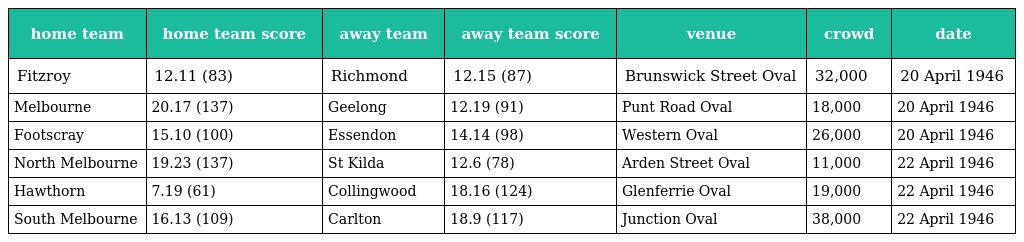
| home team | home team score | away team | away team score | venue | crowd | date |
 | --- | --- | --- | --- | --- | --- | --- |
 | Fitzroy | 12.11 (83) | Richmond | 12.15 (87) | Brunswick Street Oval | 32,000 | 20 April 1946 |
 | Melbourne | 20.17 (137) | Geelong | 12.19 (91) | Punt Road Oval | 18,000 | 20 April 1946 |
 | Footscray | 15.10 (100) | Essendon | 14.14 (98) | Western Oval | 26,000 | 20 April 1946 |
 | North Melbourne | 19.23 (137) | St Kilda | 12.6 (78) | Arden Street Oval | 11,000 | 22 April 1946 |
 | Hawthorn | 7.19 (61) | Collingwood | 18.16 (124) | Glenferrie Oval | 19,000 | 22 April 1946 |
 | South Melbourne | 16.13 (109) | Carlton | 18.9 (117) | Junction Oval | 38,000 | 22 April 1946 |